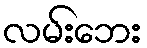
လမ်းဘေး